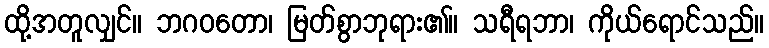
ထို့အတူလျှင်။ ဘဂဝတော၊ မြတ်စွာဘုရား၏။ သရီရဘာ၊ ကိုယ်ရောင်သည်။